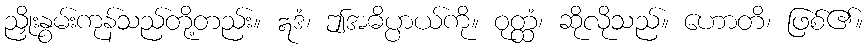
ညှိုးနွမ်းကုန်သည်တို့တည်း။ ဣဒံ၊ ဤအဓိပ္ပာယ်ကို။ ဝုတ္ထံ၊ ဆိုလိုသည်။ ဟောတိ၊ ဖြစ်၏။